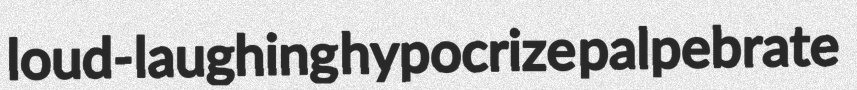
loud-laughing hypocrize palpebrate